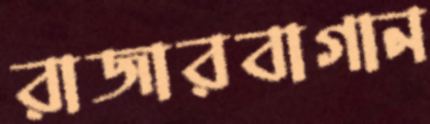
রাজারবাগান